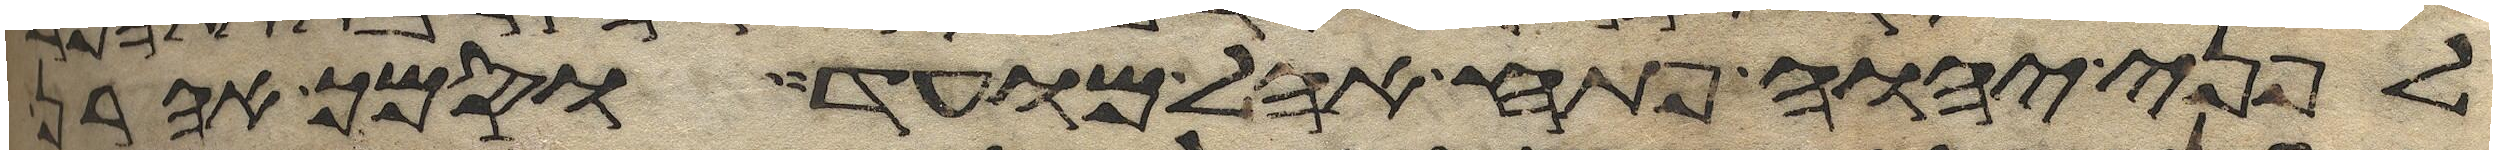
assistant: לפני יהוה פתח אהל מועד וסמך אהרן